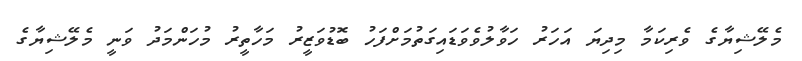
މެލޭޝިޔާގެ ވެރިކަމާ މިދިޔަ އަހަރު ހަވާލުވެވަޑައިގަތުމަށްފަހު ބޮޑުވަޒީރު މަހާތީރު މުހަންމަދު ވަނީ މެލޭޝިޔާގެ